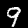
Digit: 9